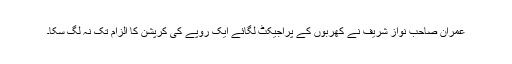
عمران صاحب نواز شریف نے کھربوں کے پراجیکٹ لگائے ایک روپے کی کرپشن کا الزام تک نہ لگ سکا۔